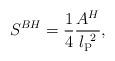
LaTeX: \begin{align*}{S}^{BH} ={ 1 \over 4 } {A^H \over l_{\mbox{\scriptsize{P}}}^{~2}},\end{align*}